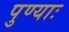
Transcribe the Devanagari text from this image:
पुण्याः